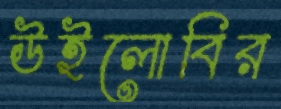
উইলোবির